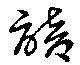
諳